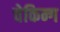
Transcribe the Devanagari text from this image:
चेकिन्ग